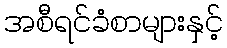
အစီရင်ခံစာများနှင့်